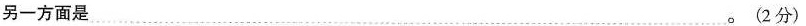
另一方面是 ………。(2分)